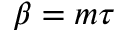
\beta = m \tau